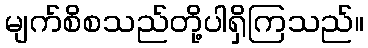
မျက်စိစသည်တို့ပါရှိကြသည်။